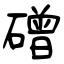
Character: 磳